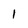
Character: 1